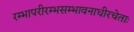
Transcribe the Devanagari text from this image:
रम्भापरीरम्भसम्भावनाधीरचेताः